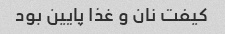
کیفت نان و غذا پایین بود